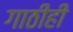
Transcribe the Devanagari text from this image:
गाठीही